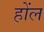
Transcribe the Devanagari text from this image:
होंल